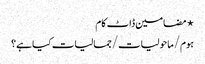
⋆ مضامین ڈاٹ کام
ہوم/ماحولیات/جمالیات کیا ہے؟